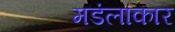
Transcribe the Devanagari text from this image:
मडंलाकार